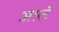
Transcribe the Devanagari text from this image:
आलॅ